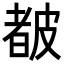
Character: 𥀁